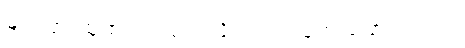
များပြားထူထပ်လာမယ်လို့လည်း သူက ပြောပါတယ်။